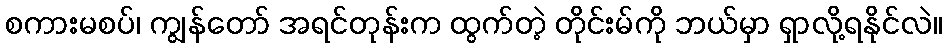
စကားမစပ်၊ ကျွန်တော် အရင်တုန်းက ထွက်တဲ့ တိုင်းမ်ကို ဘယ်မှာ ရှာလို့ရနိုင်လဲ။